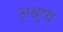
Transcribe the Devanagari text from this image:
अश्रुष्वं